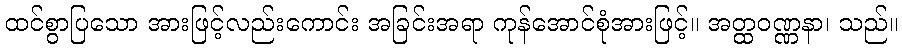
ထင်စွာပြသော အားဖြင့်လည်းကောင်း အခြင်းအရာ ကုန်အောင်စုံအားဖြင့်။ အတ္ထဝဏ္ဏနာ၊ သည်။